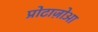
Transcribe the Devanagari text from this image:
प्रोटाज़ोआ